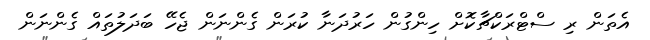
އެތަން ރި ސްޓްރަކްޗާކޮށް ހިންގުން ހަރުދަނާ ކުރަން ގެންނަން ޖެހޭ ބަދަލުތައް ގެންނަން